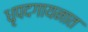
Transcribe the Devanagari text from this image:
धृपदगायनात